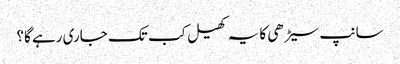
سانپ سیڑھی کا یہ کھیل کب تک جاری رہے گا؟